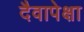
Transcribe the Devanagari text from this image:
दैवापेक्षा